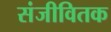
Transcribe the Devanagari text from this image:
संजीवितक